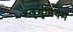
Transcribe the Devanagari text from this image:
अलुमुनियम